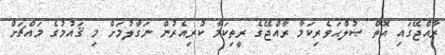
ރާއްޖޭގައި އޮތް ޞުލްޙަވެރިކަމާ ރާއްޖޭގެ ރީތިކަމާ ކުރިއެރުން ނަގާލުމަށް މި ޤައުމުގެ މައްޗަށް